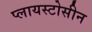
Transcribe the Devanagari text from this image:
प्लायस्टोसीन